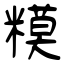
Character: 糢